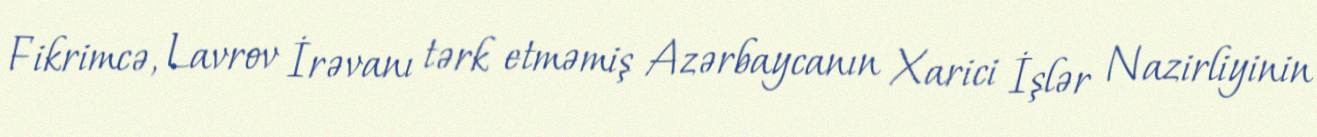
Fikrimcə, Lavrov İrəvanı tərk etməmiş Azərbaycanın Xarici İşlər Nazirliyinin